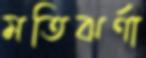
মতিঝর্ণা